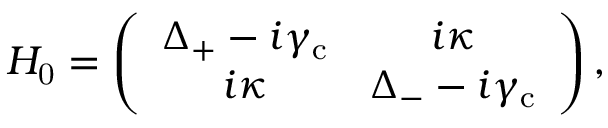
\begin{array} { r } { H _ { \mathrm { 0 } } = \left( \begin{array} { c c } { \Delta _ { \mathrm { + } } - i \gamma _ { \mathrm { c } } } & { i \kappa } \\ { i \kappa } & { \Delta _ { \mathrm { - } } - i \gamma _ { \mathrm { c } } } \end{array} \right) , } \end{array}